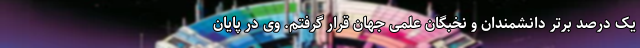
یک درصد برتر دانشمندان و نخبگان علمی جهان قرار گرفتم. وی در پایان